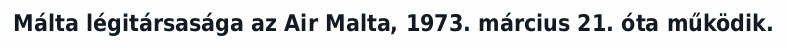
Málta légitársasága az Air Malta, 1973. március 21. óta működik.